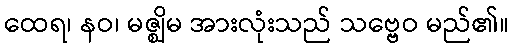
ထေရ၊ နဝ၊ မဇ္ဈိမ အားလုံးသည် သဗ္ဗေဝ မည်၏။